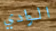
الوادي